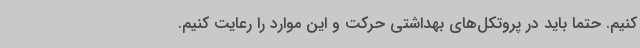
کنیم. حتماً باید در پروتکل‌های بهداشتی حرکت و این موارد را رعایت کنیم.